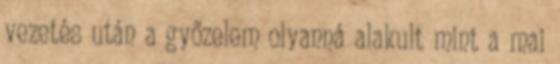
vezetés után a győzelem olyanná alakult mint a mai